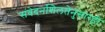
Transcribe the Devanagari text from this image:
संवेदनशिलतेनुसारही